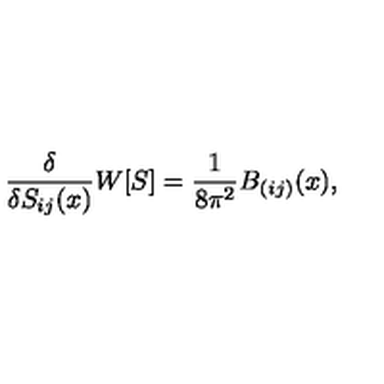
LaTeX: \frac { \delta } { \delta S _ { i j } ( x ) } { W } [ S ] = \frac { 1 } { 8 \pi ^ { 2 } } B _ { ( i j ) } ( x ) ,